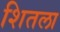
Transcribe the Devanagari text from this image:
शितला